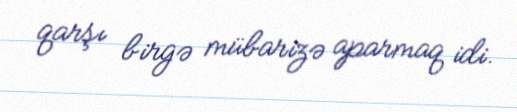
qarşı birgə mübarizə aparmaq idi.